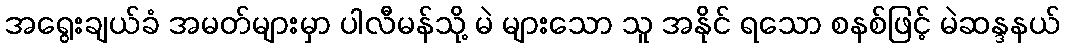
အရွေးချယ်ခံ အမတ်များမှာ ပါလီမန်သို့ မဲ များသော သူ အနိုင် ရသော စနစ်ဖြင့် မဲဆန္ဒနယ်